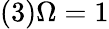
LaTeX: (3)\Omega=1